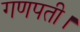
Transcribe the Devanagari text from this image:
गणपती।